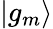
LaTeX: |g_{m}\rangle